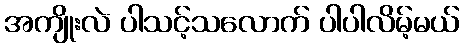
အကျိုးလဲ ပါသင့်သလောက် ပါပါလိမ့်မယ်